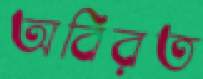
অবিরত